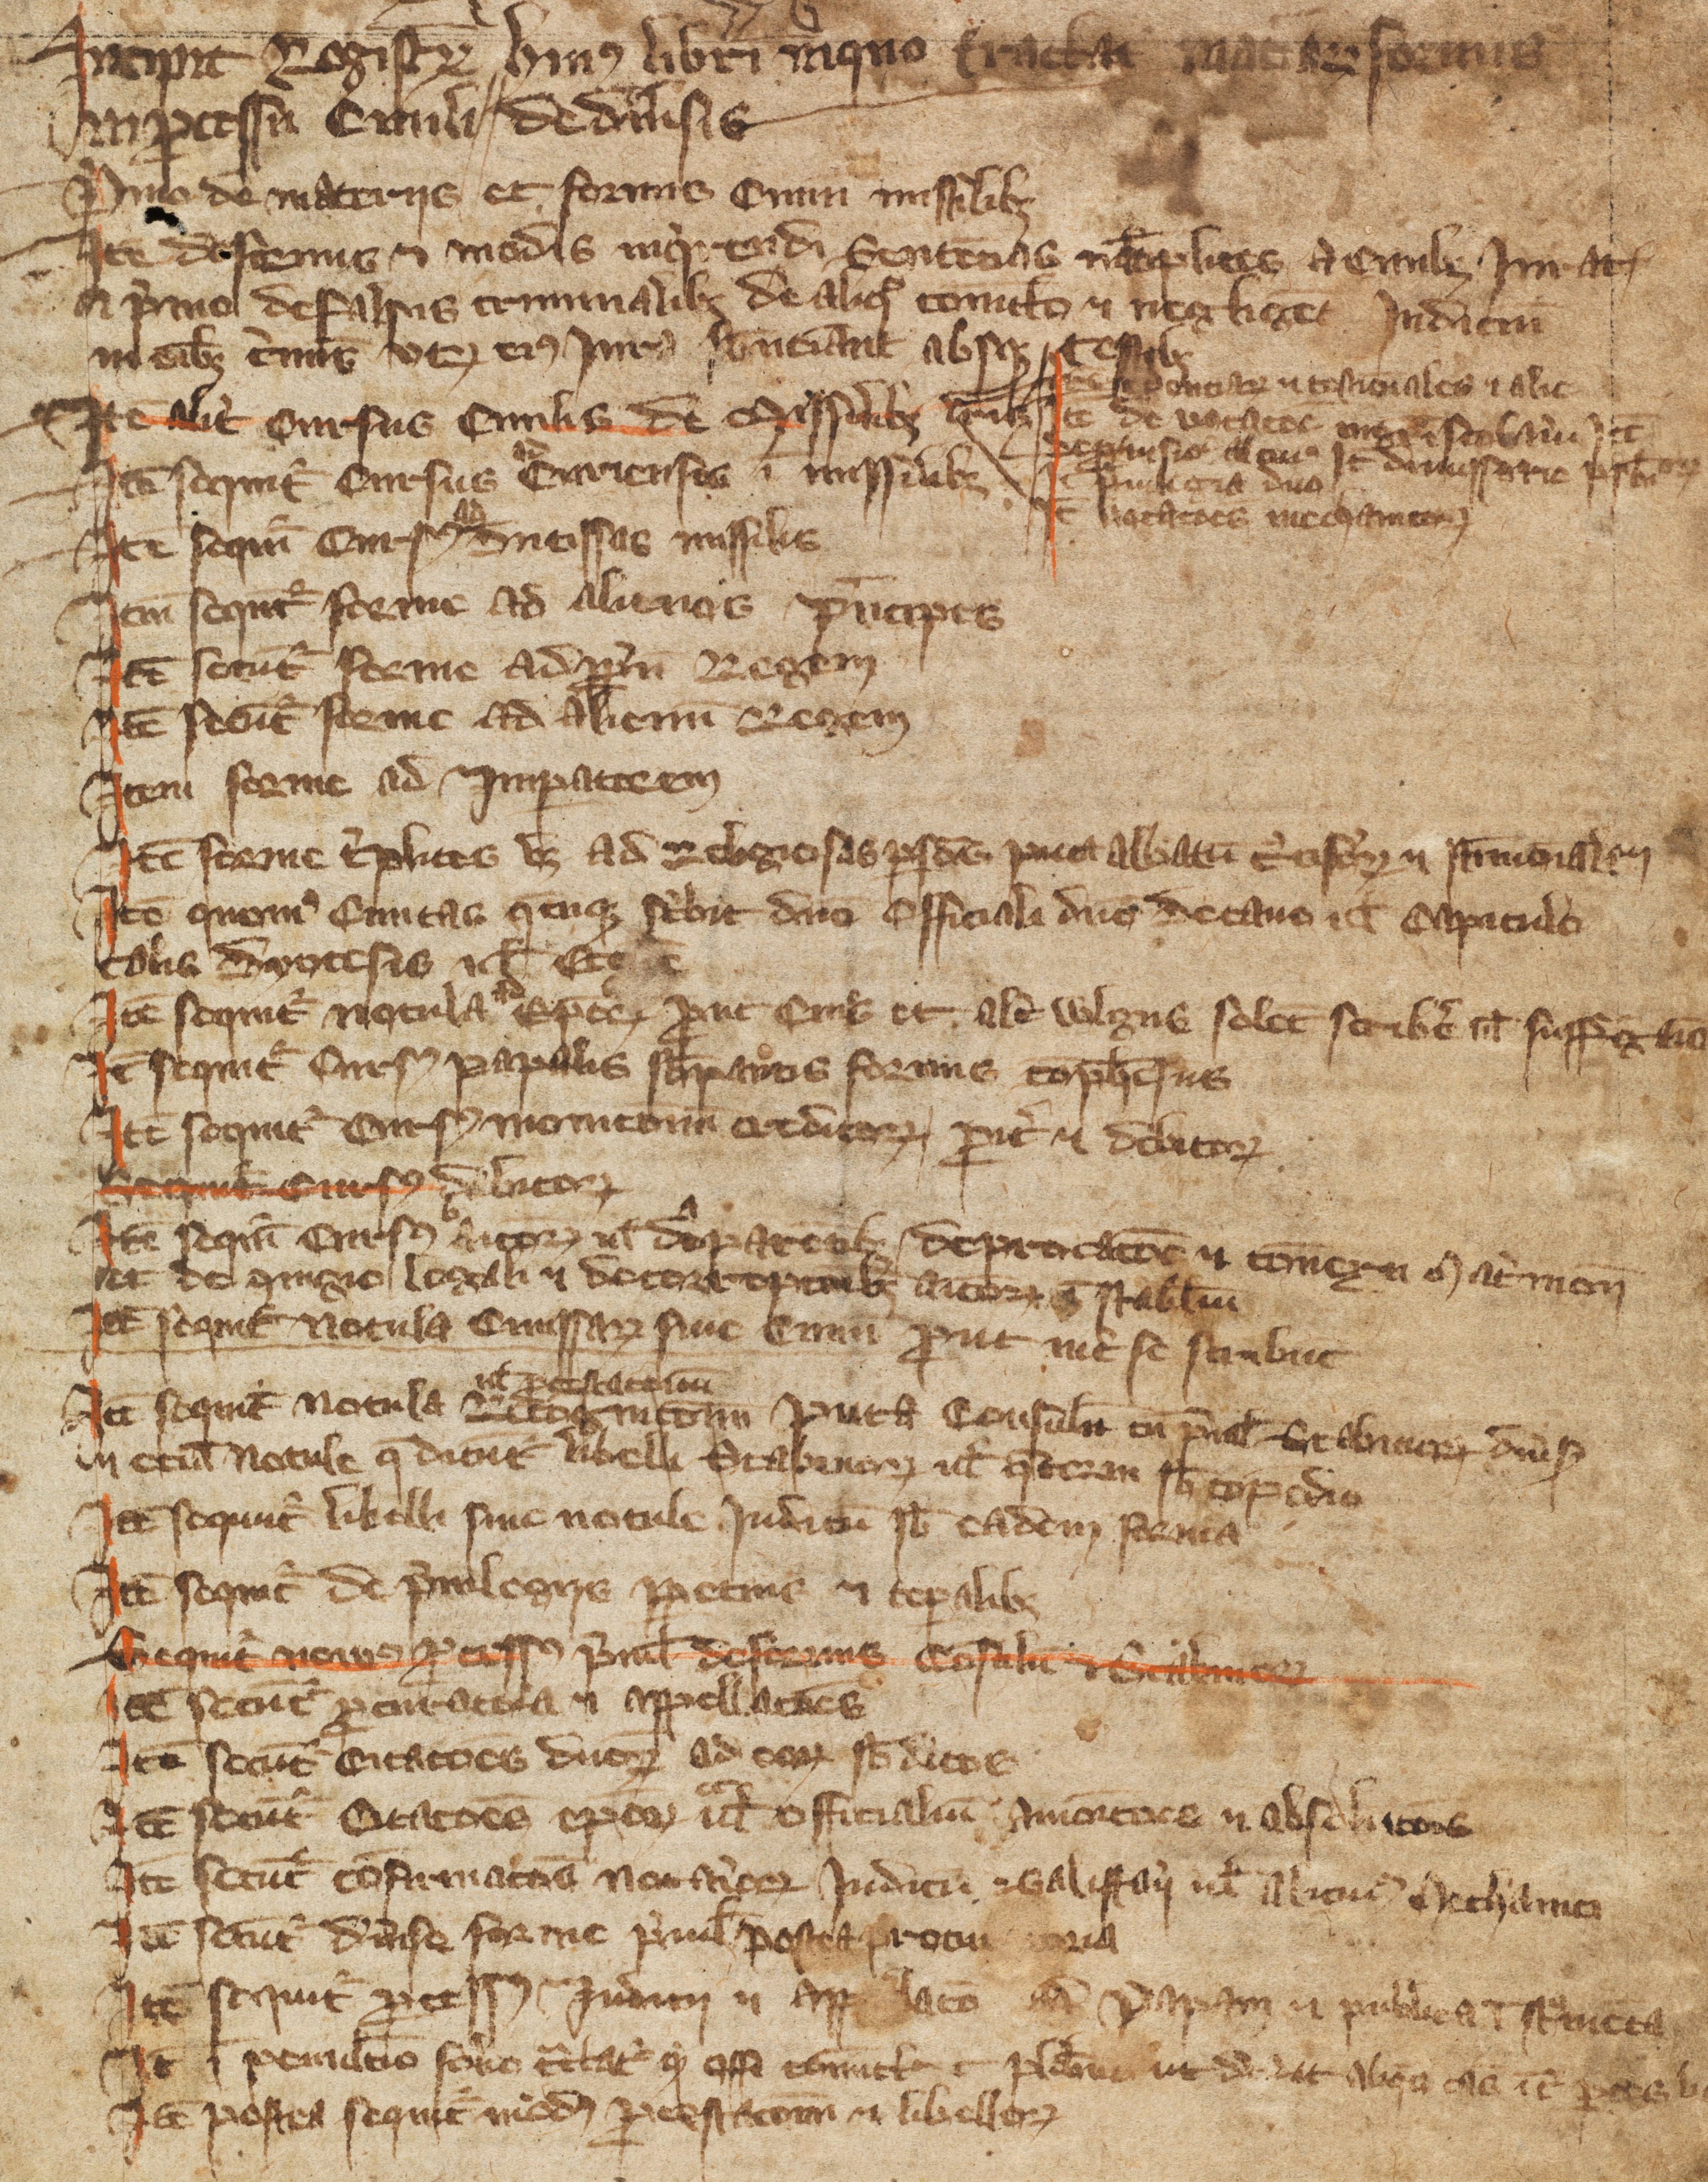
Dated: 1350–1399